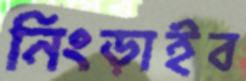
নিংড়াইব